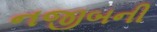
નજીબની